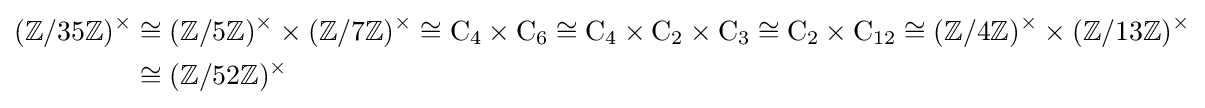
\displaystyle {\begin{aligned}(\mathbb {Z} /35\mathbb {Z} )^{\times }&\cong (\mathbb {Z} /5\mathbb {Z} )^{\times }\times (\mathbb {Z} /7\mathbb {Z} )^{\times }\cong \mathrm {C} _{4}\times \mathrm {C} _{6}\cong \mathrm {C} _{4}\times \mathrm {C} _{2}\times \mathrm {C} _{3}\cong \mathrm {C} _{2}\times \mathrm {C} _{12}\cong (\mathbb {Z} /4\mathbb {Z} )^{\times }\times (\mathbb {Z} /13\mathbb {Z} )^{\times }\\&\cong (\mathbb {Z} /52\mathbb {Z} )^{\times }\end{aligned}}